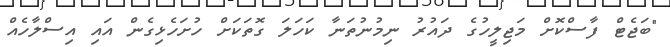
"ބަޖެޓް ފާސްކޮށް މަޖިލީހުގެ ދައުރު ނިމުނުތަނާ ކަހަލަ ގޮތަކަށް ހުށަހެޅިގެން އައި އިސްލާހެއް